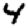
Digit: 4